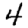
Digit: 4